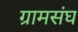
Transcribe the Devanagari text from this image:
ग्रामसंघ